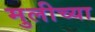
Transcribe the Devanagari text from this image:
मुलीच्‍या